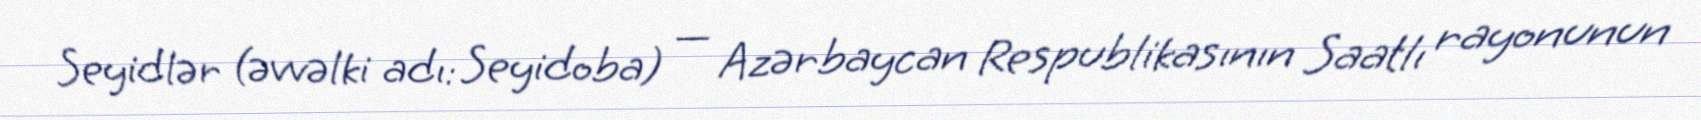
Seyidlər (əvvəlki adı: Seyidoba) — Azərbaycan Respublikasının Saatlı rayonunun